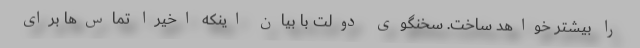
را بیشتر خواهد ساخت. سخنگوی دولت با بیان اینکه اخیرا تماس‌ها برای